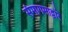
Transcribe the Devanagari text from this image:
संमागमाद्वारे